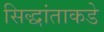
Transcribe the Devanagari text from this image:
सिद्धांताकडे